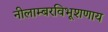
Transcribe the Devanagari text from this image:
नीलाम्बरविभूशणाय